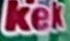
Kek